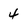
Character: 4